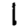
Digit: 1